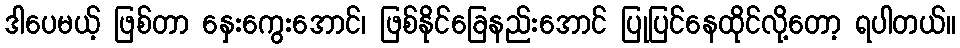
ဒါပေမယ့် ဖြစ်တာ နှေးကွေးအောင်၊ ဖြစ်နိုင်ခြေနည်းအောင် ပြုပြင်နေထိုင်လို့တော့ ရပါတယ်။